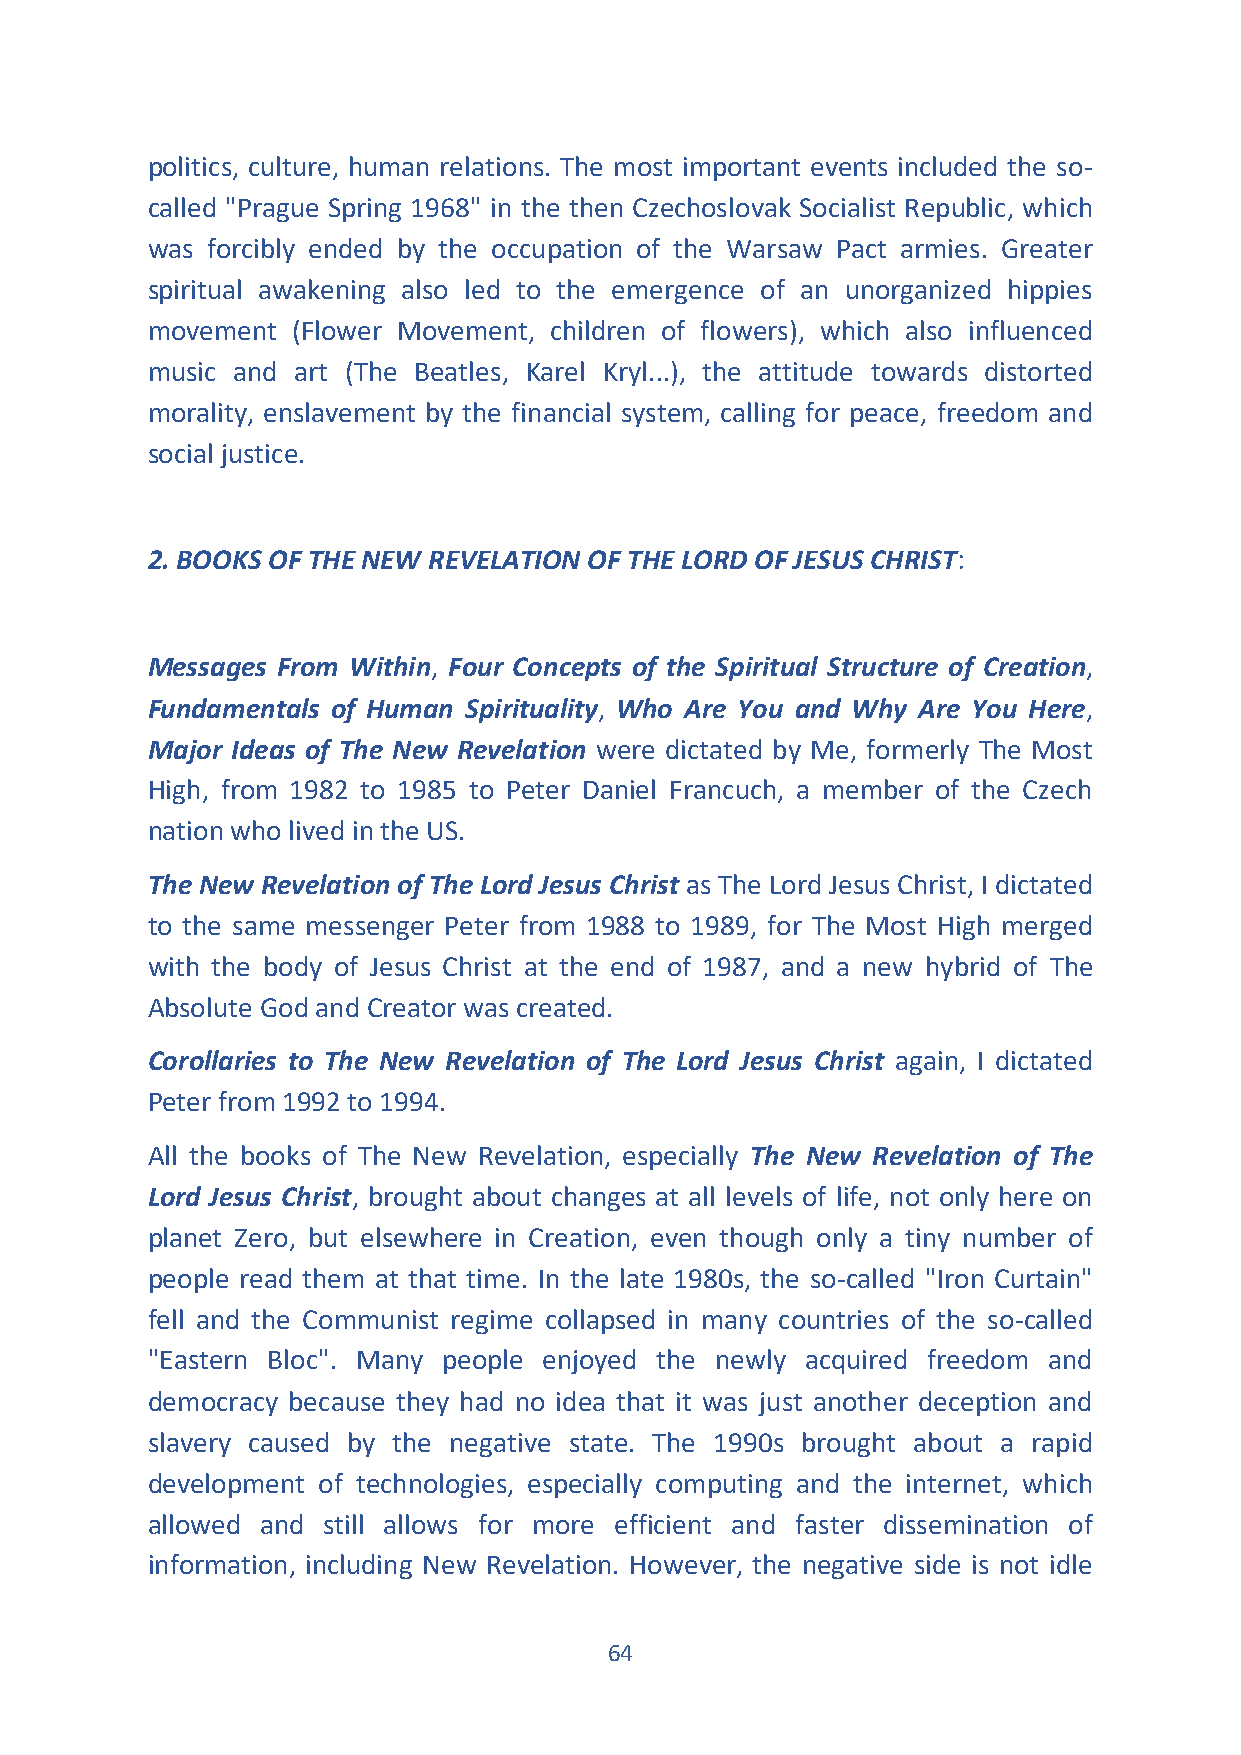
politics, culture, human relations. The most important events included the so-
 called "Prague Spring 1968" in the then Czechoslovak Socialist Republic, which
 was forcibly ended by the occupation of the Warsaw Pact armies. Greater
 spiritual awakening also led to the emergence of an unorganized hippies
 movement (Flower Movement, children of flowers), which also influenced
 music and art (The Beatles, Karel Kryl...), the attitude towards distorted
 morality, enslavement by the financial system, calling for peace, freedom and
 social justice.
 2. BOOKS OF THE NEW REVELATION OF THE LORD OF JESUS CHRIST:
 Messages From Within, Four Concepts of the Spiritual Structure of Creation,
 Fundamentals of Human Spirituality, Who Are You and Why Are You Here,
 Major Ideas of The New Revelation were dictated by Me, formerly The Most
 High, from 1982 to 1985 to Peter Daniel Francuch, a member of the Czech
 nation who lived in the US.
 The New Revelation of The Lord Jesus Christ as The Lord Jesus Christ, I dictated
 to the same messenger Peter from 1988 to 1989, for The Most High merged
 with the body of Jesus Christ at the end of 1987, and a new hybrid of The
 Absolute God and Creator was created.
 Corollaries to The New Revelation of The Lord Jesus Christ again, I dictated
 Peter from 1992 to 1994.
 All the books of The New Revelation, especially The New Revelation of The
 Lord Jesus Christ, brought about changes at all levels of life, not only here on
 planet Zero, but elsewhere in Creation, even though only a tiny number of
 people read them at that time. In the late 1980s, the so-called "Iron Curtain"
 fell and the Communist regime collapsed in many countries of the so-called
 "Eastern Bloc". Many people enjoyed the newly acquired freedom and
 democracy because they had no idea that it was just another deception and
 slavery caused by the negative state. The 1990s brought about a rapid
 development of technologies, especially computing and the internet, which
 allowed and still allows for more efficient and faster dissemination of
 information, including New Revelation. However, the negative side is not idle
 64